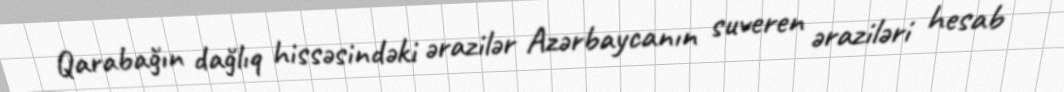
Qarabağın dağlıq hissəsindəki ərazilər Azərbaycanın suveren əraziləri hesab